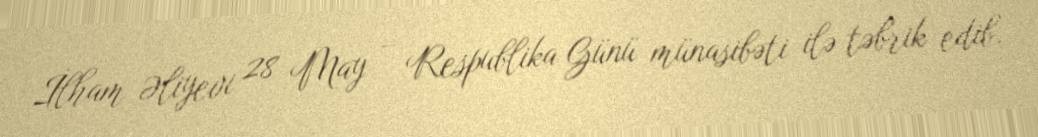
İlham Əliyevi 28 May – Respublika Günü münasibəti ilə təbrik edib.